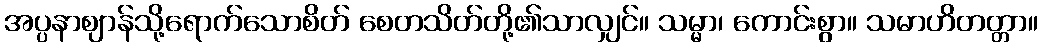
အပ္ပနာဈာန်သို့ရောက်သောစိတ် စေတသိတ်တို့၏သာလျှင်။ သမ္မာ၊ ကောင်းစွာ။ သမာဟိတတ္တာ။